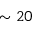
\sim 2 0